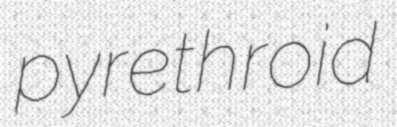
pyrethroid